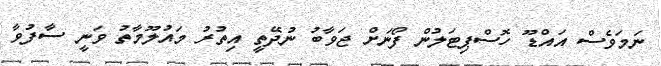
ނަމަވެސް އައްޑޫ ހޮސްޕިޓަލުން ފޯނަށް ޖަވާބު ނުދޭތީ އިތުރު މައުލޫމާތު ވަނީ ސާފުވާ